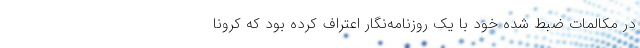
در مکالمات ضبط شده خود با یک روزنامه‌نگار اعتراف کرده بود که کرونا